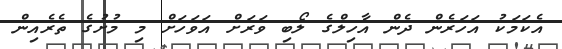
އެކަމަކު އަހަރެން ދެން އާހިލްގެ ލޯބި ވަރަށް އަވަހަށް މި މުށުގެ ތެރެއިން